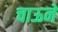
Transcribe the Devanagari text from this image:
चाऊने